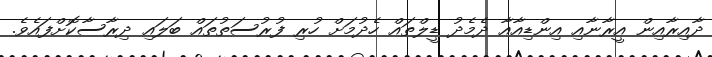
ދާއިރާއިން އީރާނާއި އިންޑިއާއާ ދެމެދު ޑީލްތައް ހެދުމަށް ހުރި ފުރުސަތުތައް ބަލައި ދިރާސާކޮށްފައެވެ.